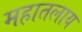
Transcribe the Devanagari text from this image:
महातलाय